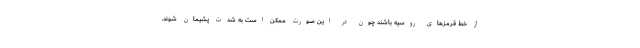
از خط قرمزهای روسیه باشند چون در این صورت ممکن است به شدت پشیمان شوند.